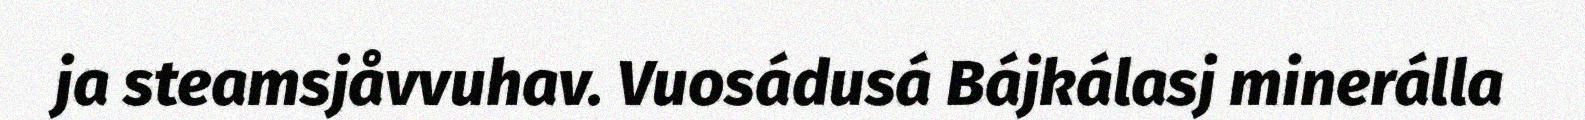
ja steamsjåvvuhav. Vuosádusá Bájkálasj minerálla